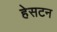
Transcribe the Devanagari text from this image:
हेसटन